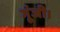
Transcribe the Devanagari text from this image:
गूंजी।